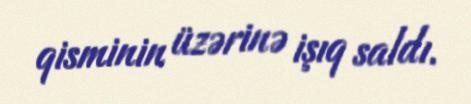
qisminin üzərinə işıq saldı.